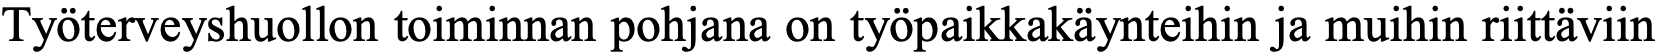
Työterveyshuollon toiminnan pohjana on työpaikkakäynteihin ja muihin riittäviin